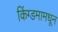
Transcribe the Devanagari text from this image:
किंग्डमामधून